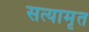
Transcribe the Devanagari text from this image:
सत्यामृत